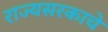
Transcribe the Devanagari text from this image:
राज्यसरकाचे